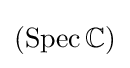
(\operatorname {Spec} \mathbb {C} )